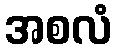
အစလံ